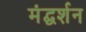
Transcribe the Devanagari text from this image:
मंद्घर्शन